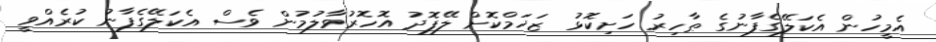
އެމީހުން އެކަލޭގެފާނުގެ ޠާހިރު ހަށިކޮޅު ޒަޚަމްކޮށް ލޭފޮދު އޮހޮރުވާލުމުން ވެސް އެކަލޭގެފާނު ކުރެއްވީ